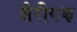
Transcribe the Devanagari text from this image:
शैरीषक